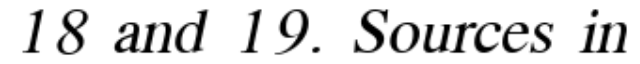
18 and 19. Sources in